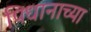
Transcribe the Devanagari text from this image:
पिधानाच्या